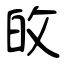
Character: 敀